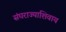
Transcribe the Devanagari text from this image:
संघराज्याशिवाय